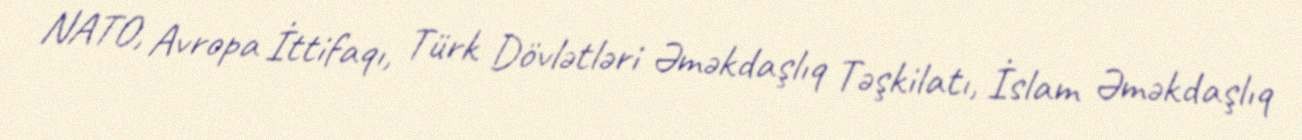
NATO, Avropa İttifaqı, Türk Dövlətləri Əməkdaşlıq Təşkilatı, İslam Əməkdaşlıq